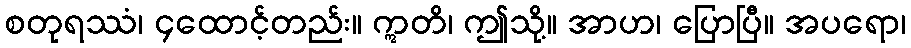
စတုရဿံ၊ ၄ထောင့်တည်း။ ဣတိ၊ ဤသို့။ အာဟ၊ ပြောပြီ။ အပရော၊